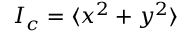
I _ { c } = \langle x ^ { 2 } + y ^ { 2 } \rangle